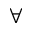
\forall